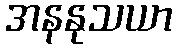
အနနုသယာ